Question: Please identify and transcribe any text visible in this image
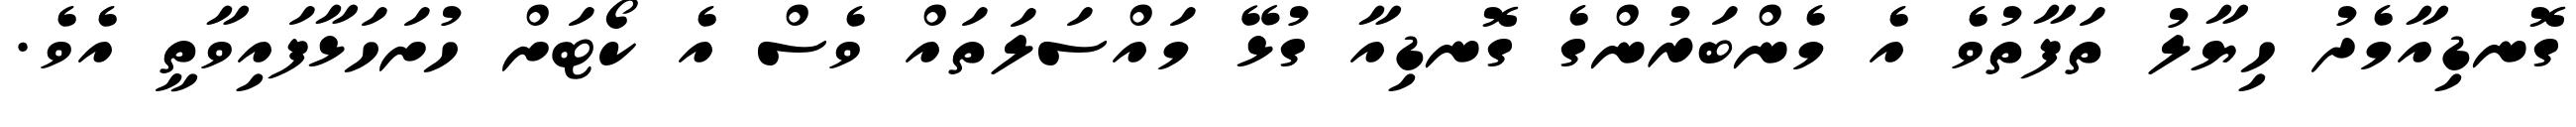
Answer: ގޮނޑިއާމެދު ހިޔާލު ތަފާތުވެ އެ މެންބަރުންގެ ގޮނޑިއާ ގުޅޭ މައްސަލަތައް ވެސް އެ ކޯޓަށް ހުށަހަޅާފައިވާތީ އެވެ.